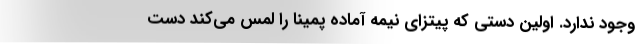
وجود ندارد. اولین دستی که پیتزای نیمه آماده‌ پمینا را لمس می‌کند دست